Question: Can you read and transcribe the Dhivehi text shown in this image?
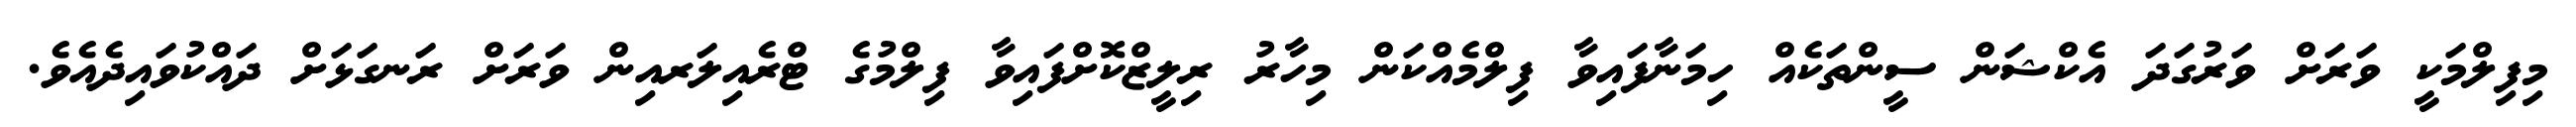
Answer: މިފިލްމަކީ ވަރަށް ވަރުގަދަ އެކްޝަން ސީންތަކެއް ހިމަނާފައިވާ ފިލްމެއްކަން މިހާރު ރިލީޒްކޮށްފައިވާ ފިލްމުގެ ޓްރެއިލަރއިން ވަރަށް ރަނގަޅަށް ދައްކުވައިދެއެވެ.